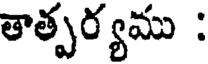
తాత్పర్యము :